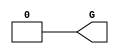
module GND_2 (output G);
   assign G = 1'b0;
endmodule